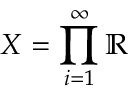
X = \prod _ { i = 1 } ^ { \infty } \mathbb { R }